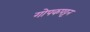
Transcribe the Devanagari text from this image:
गोपकपट्टन